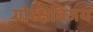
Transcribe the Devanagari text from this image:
गोरक्षविजय